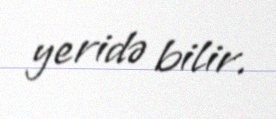
yeridə bilir.